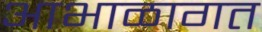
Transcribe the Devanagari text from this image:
आभाळागत